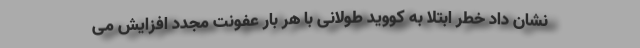
نشان داد خطر ابتلا به کووید طولانی با هر بار عفونت مجدد افزایش می